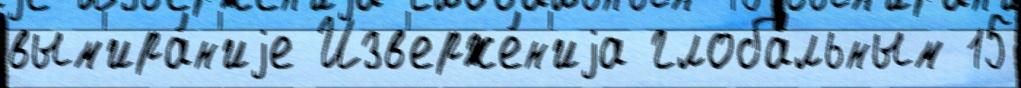
вым'ира́н'иjе Изв'ерже́н'иjа глоба́льным 15